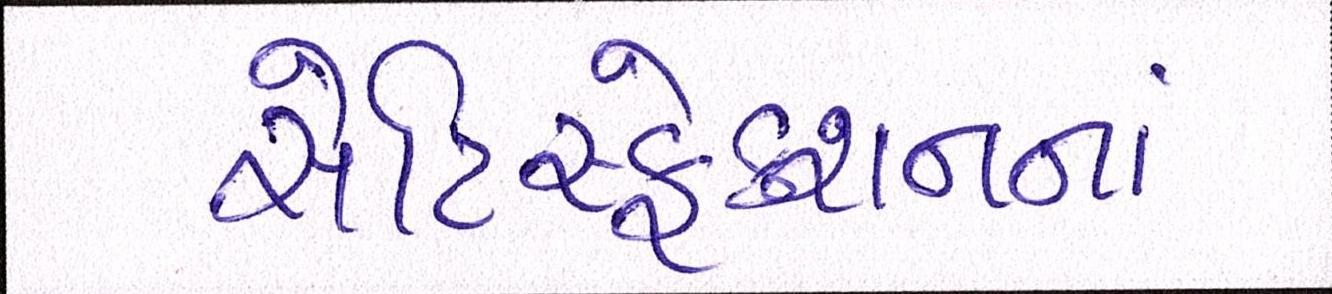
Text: સેટિસ્ફેક્શનનાં